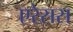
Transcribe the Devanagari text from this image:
एरेसस